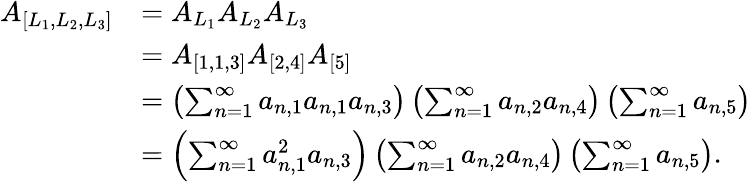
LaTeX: \begin{array}{rl}{A_{[L_{1},L_{2},L_{3}]}}&{=A_{L_{1}}A_{L_{2}}A_{L_{3}}}\\ &{=A_{[1,1,3]}A_{[2,4]}A_{[5]}}\\ &{=\left(\sum_{n=1}^{\infty}a_{n,1}a_{n,1}a_{n,3}\right)\left(\sum_{n=1}^{\infty}a_{n,2}a_{n,4}\right)\left(\sum_{n=1}^{\infty}a_{n,5}\right)}\\ &{=\left(\sum_{n=1}^{\infty}a_{n,1}^{2}a_{n,3}\right)\left(\sum_{n=1}^{\infty}a_{n,2}a_{n,4}\right)\left(\sum_{n=1}^{\infty}a_{n,5}\right).}\end{array}